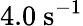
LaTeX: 4.0~\mathrm{s^{-1}}